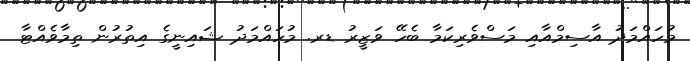
މުހައްމަދު އާސިމްއާއި މަސްވެރިކަމާ ބެހޭ ވަޒީރު ޑރ. މުހައްމަދު ޝައިނީގެ އިތުރުން ތިމާވެއްޓާ